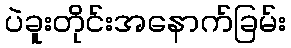
ပဲခူးတိုင်းအနောက်ခြမ်း